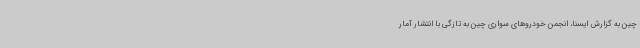
چین به گزارش ایسنا، انجمن خودروهای سواری چین به تازگی با انتشار آمار